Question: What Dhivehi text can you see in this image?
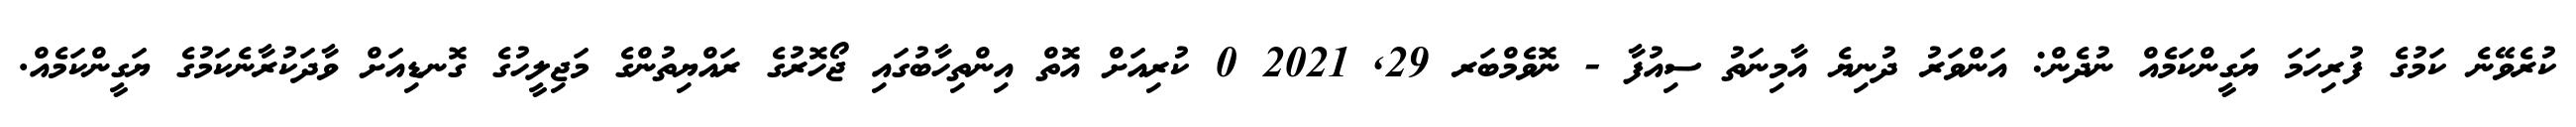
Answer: ކުރެވޭނެ ކަމުގެ ފުރިހަމަ ޔަގީންކަމެއް ނުދެން: އަންވަރު ދުނިޔެ އާމިނަތު ސިއުފާ - ނޮވެމްބަރ 29, 2021 0 ކުރިއަށް އޮތް އިންތިހާބުގައި ޖޯހޮރުގެ ރައްޔިތުންގެ މަޖިލީހުގެ ގޮނޑިއަށް ވާދަކުރާނެކަމުގެ ޔަގީންކަމެއް.